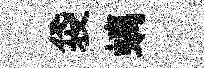
袋螭